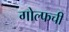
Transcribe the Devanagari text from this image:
गोल्फची